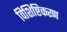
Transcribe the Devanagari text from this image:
विशिष्टिकरण